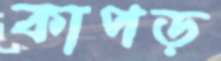
কাপড়